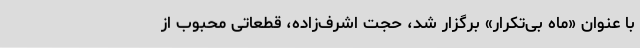
با عنوان «ماه بی‌تکرار» برگزار شد، حجت اشرف‌زاده، قطعاتی محبوب از